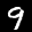
Label: 9